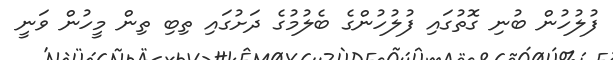
ފުލުހުން ބުނި ގޮތުގައި ފުލުހުންގެ ބެލުމުގެ ދަށުގައި ތިބި ތިން މީހުން ވަނީ